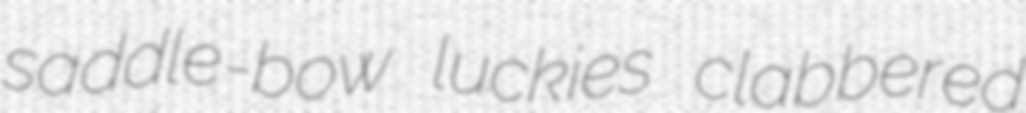
saddle-bow luckies clabbered